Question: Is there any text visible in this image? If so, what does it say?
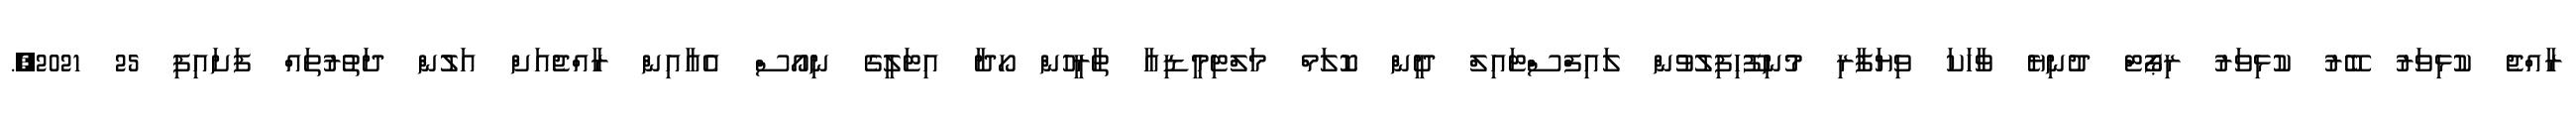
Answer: ރާއްޖެ ކުޅިވަރު ބޭރު ކުޅިވަރު ރިޕޯޓް ދުނިޔެ ވާހަކަ ވިޔަފާރި މުނިފޫހިފިލުވުން ލައިފްސްޓައިލް ދީން ކޮލަމް މަލްޓިމީޑިއާ ތާރީހުން ހޯދާ އިޓަލީގެ ނިއޯސް އެއާއިން ރާއްޖެއަށް އަލުން ދަތުރުތައް ފަށައިފި 25 2021,.